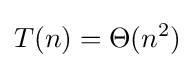
T(n)=\Theta (n^{2})